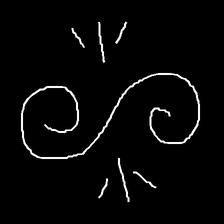
Glyph: wind-directs-air